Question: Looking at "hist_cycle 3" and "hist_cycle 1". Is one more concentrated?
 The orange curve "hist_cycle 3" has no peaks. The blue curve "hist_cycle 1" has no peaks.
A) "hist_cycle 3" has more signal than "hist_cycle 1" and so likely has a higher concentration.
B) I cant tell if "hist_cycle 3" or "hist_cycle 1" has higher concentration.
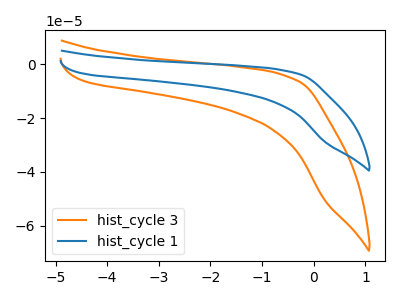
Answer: <think>Neither "hist_cycle 3" or "hist_cycle 1" have any peaks.
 </think>
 <answer>B) I cant tell if "hist_cycle 3" or "hist_cycle 1" has higher concentration.</answer>
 <eval>B</eval>